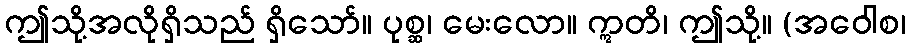
ဤသို့အလိုရှိသည် ရှိသော်။ ပုစ္ဆ၊ မေးလော။ ဣတိ၊ ဤသို့။ (အဝေါစ၊